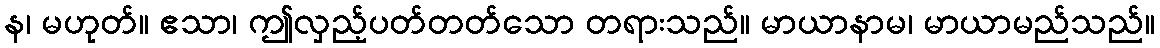
န၊ မဟုတ်။ ဧသာ၊ ဤလှည့်ပတ်တတ်သော တရားသည်။ မာယာနာမ၊ မာယာမည်သည်။